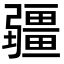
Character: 疆